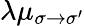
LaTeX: \lambda\mu_{\sigma\to\sigma^{\prime}}